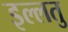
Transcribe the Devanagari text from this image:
इल्लतु